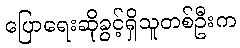
ပြောရေးဆိုခွင့်ရှိသူတစ်ဦးက